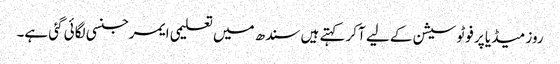
روز میڈیا پر فوٹو سیشن کے لیے آکر کہتے ہیں سندھ میں تعلیمی ایمرجنسی لگائی گئی ہے۔